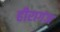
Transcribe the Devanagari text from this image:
हीरागंज